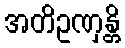
အတိဥဏှန္တိ